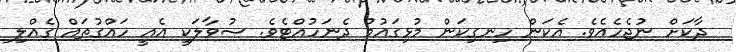
ދާކަށް ނުޖެހެއެވެ. އެކަން ހިނގިކަން މުޅިގައުމު ދެނަހުއްޓެވެ. ސުވާލަކީ އެއީ ހައްގުތައް ގެއްލި